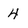
Character: 4